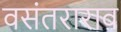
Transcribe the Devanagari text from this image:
वसंतराराव